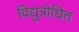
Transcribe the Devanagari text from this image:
विद्युत्रोधित